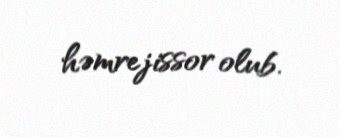
həmrejissor olub.